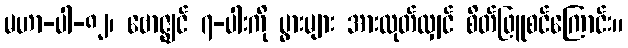
မဟာ-ပါ-၈၂၊ ဗောဇ္ဈင် ၇-ပါးကို ပွားများ အားထုတ်လျှင် စိတ်ဖြူစင်ကြောင်း။